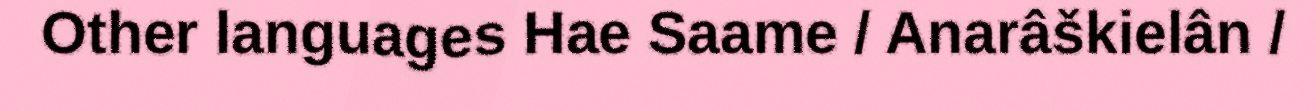
Other languages Hae Saame / Anarâškielân /